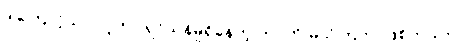
ဒါကြောင့်သာ လူဟာ ရှင်သန်မှုရှိနေတဲ့ ဘဝကို မသိကြတာဖြစ်တယ်။